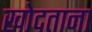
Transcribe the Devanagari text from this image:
खोदताना